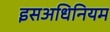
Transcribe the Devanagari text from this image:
इसअधिनियम